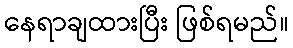
နေရာချထားပြီး ဖြစ်ရမည်။